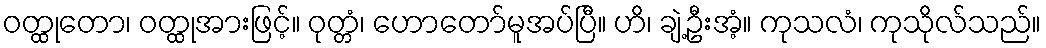
ဝတ္ထုတော၊ ဝတ္ထုအားဖြင့်။ ဝုတ္တံ၊ ဟောတော်မူအပ်ပြီ။ ဟိ၊ ချဲ့ဦးအံ့။ ကုသလံ၊ ကုသိုလ်သည်။